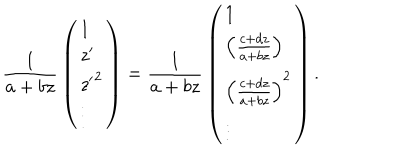
{ \frac { 1 } { a + b z } } \left( \begin{array} { l } { { 1 } } \\ { { z ^ { \prime } } } \\ { { { z ^ { \prime } } ^ { 2 } } } \\ { { \vdots } } \\ \end{array} \right) = { \frac { 1 } { a + b z } } \left( \begin{array} { l } { { 1 } } \\ { { \left( { \frac { c + d z } { a + b z } } \right) } } \\ { { \left( { \frac { c + d z } { a + b z } } \right) ^ { 2 } } } \\ { { \vdots } } \\ \end{array} \right) .